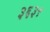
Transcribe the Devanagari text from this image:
३६३९